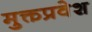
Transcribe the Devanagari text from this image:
मुक्तप्रवेश